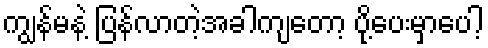
ကျွန်မနဲ့ ပြန်လာတဲ့အခါကျတော့ ပို့ပေးမှာပေါ့